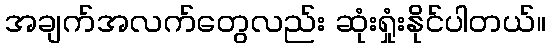
အချက်အလက်တွေလည်း ဆုံးရှုံးနိုင်ပါတယ်။